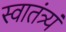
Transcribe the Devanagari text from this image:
स्वातंत्र्यं